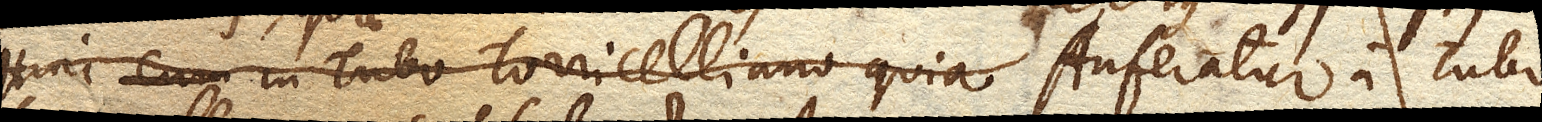
Hinc cum in Tubo Torricelliano quia Auferatur a Tubo